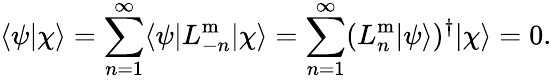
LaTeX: \langle\psi|\chi\rangle=\sum_{n=1}^{\infty}\langle\psi|L_{-n}^{\mathrm{m}}|\chi\rangle=\sum_{n=1}^{\infty}(L_{n}^{\mathrm{m}}|\psi\rangle)^{\dagger}|\chi\rangle=0.